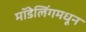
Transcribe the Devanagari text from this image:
मॉडेलिंगमधून